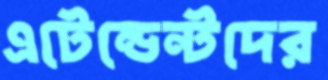
এটেন্ডেন্টদের